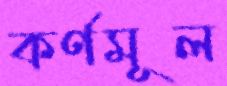
কর্ণমূল